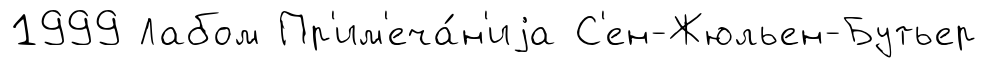
1999 Лабом Пр'им'еча́н'иjа С'ен-Жюльен-Бутьер